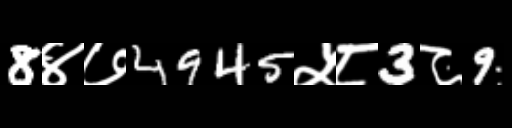
Text: 8४७4945५८3८9